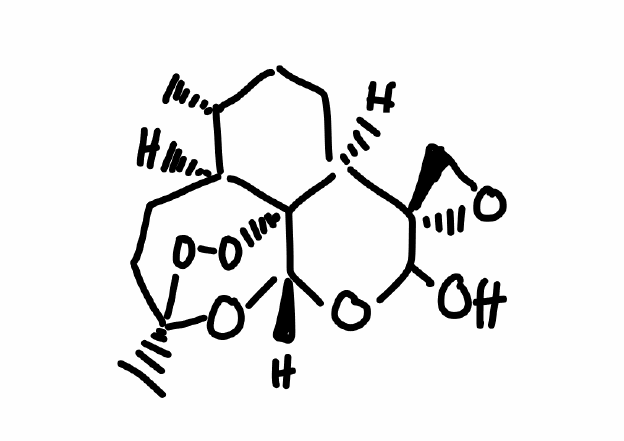
Simplified molecular-input line-entry system (SMILES) notation of the given molecule:
C[C@@H]1CC[C@H]2[C@@]3(CO3)C(O[C@H]4[C@@]25[C@H]1CC[C@](O4)(OO5)C)O